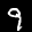
Label: 9